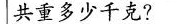
共重多少千克？